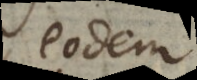
eodem